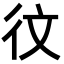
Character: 𪫋